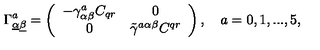
\Gamma _ { \underline { \alpha } \underline { \beta } } ^ { a } = \left( \begin{array} { c c } { - \gamma _ { \alpha \beta } ^ { a } C _ { q r } } & { 0 } \\ { 0 } & { \tilde { \gamma } ^ { a \alpha \beta } C ^ { q r } } \\ \end{array} \right) , \quad a = 0 , 1 , . . . , 5 ,